Veterinary [1916] -
Year: 1916
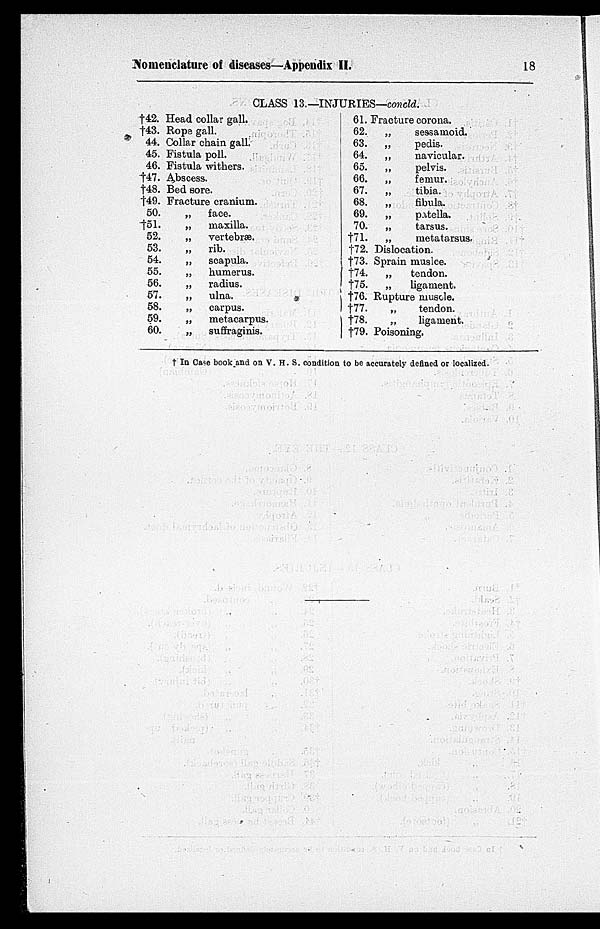
Nomenclature of diseases—Appendix II.
18
CLASS 13.—INJURIES—concld.
†42.
†43.
44.
45.
46.
†47.
†48.
†49.
50.
†51.
52.
53.
54.
55.
56.
57.
58.
59.
60.
Head collar gall.
Rope gall.
Collar chain gall.
Fistula poll.
Fistula withers.
Abscess.
Bed sore.
Fracture cranium.
„
face.
„
maxilla.
„
vertebræ.
„ rib.
„
scapula.
„ humerus.
„
radius.
„
ulna.
„
carpus.
„
metacarpus.
„
suffraginis.
61.
62.
63.
64.
65.
66.
67.
68.
69.
70.
†71.
†72.
†73.
†74.
†75.
†76.
†77.
†78.
†79.
Fracture corona.
„
sessamoid.
„
pedis.
„
navicular.
„
pelvis.
„
femur.
„
tibia.
„
fibula.
„
patella.
„
tarsus.
„
metatarsus.
Dislocation.
Sprain muslce.
„
tendon.
„
ligament.
Rupture muscle.
„
tendon.
„
ligament.
Poisoning.
† In Case book and on V. H. S. condition to be accurately defined or localized.